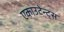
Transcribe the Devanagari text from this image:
एकाउटेन्ट्स